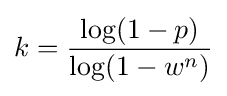
k={\frac {\log(1-p)}{\log(1-w^{n})}}